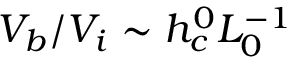
V _ { b } / V _ { i } \sim h _ { c } ^ { 0 } L _ { 0 } ^ { - 1 }